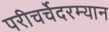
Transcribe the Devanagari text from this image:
परीचर्चेदरम्यान